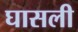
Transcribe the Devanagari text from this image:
घासली